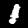
Label: 1